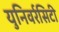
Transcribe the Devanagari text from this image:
युनिवर्रसिटी